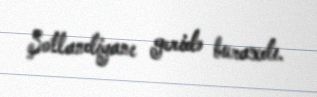
Şotlandiyanı geridə buraxdı.